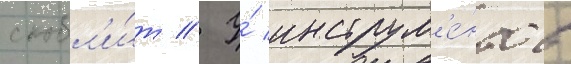
скобл'и́т // У́ инструм'е́нтов